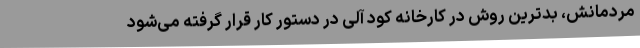
مردمانش، بدترین روش در کارخانه کود آلی در دستور کار قرار گرفته می‌شود